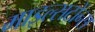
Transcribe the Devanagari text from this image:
माइल्सटोंन्स